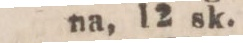
na, 12 sk.